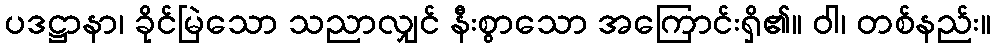
ပဒဋ္ဌာနာ၊ ခိုင်မြဲသော သညာလျှင် နီးစွာသော အကြောင်းရှိ၏။ ဝါ၊ တစ်နည်း။